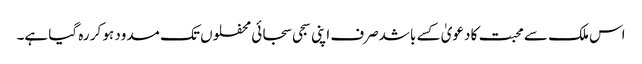
اس ملک سے محبت کا دعویٰ کسے باشدصرف اپنی سجی سجائی محفلوں تک مسدود ہو کر رہ گیا ہے۔